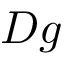
{ \cal D } g